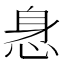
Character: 𰑢